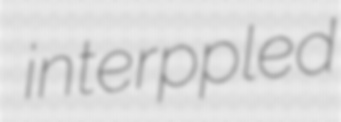
interppled